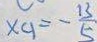
x _ { 9 } = - \frac { 1 3 } { 5 }